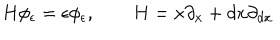
H \phi _ { \epsilon } = \epsilon \phi _ { \epsilon } , \qquad H = x \partial _ { x } + d x \partial _ { d x }